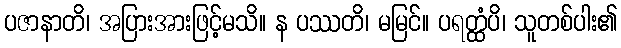
ပဇာနာတိ၊ အပြားအားဖြင့်မသိ။ န ပဿတိ၊ မမြင်။ ပရတ္ထံပိ၊ သူတစ်ပါး၏